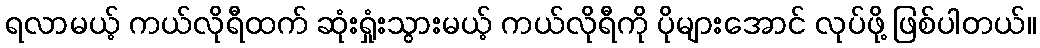
ရလာမယ့် ကယ်လိုရီထက် ဆုံးရှုံးသွားမယ့် ကယ်လိုရီကို ပိုများအောင် လုပ်ဖို့ ဖြစ်ပါတယ်။